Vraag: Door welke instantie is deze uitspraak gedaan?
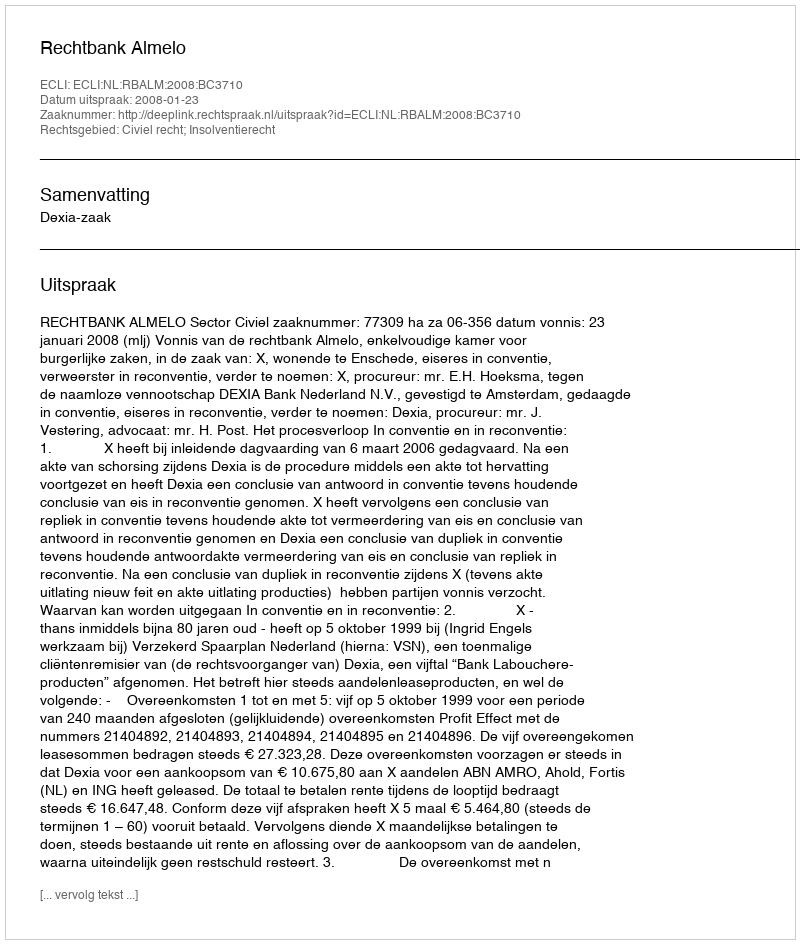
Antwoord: Rechtbank Almelo